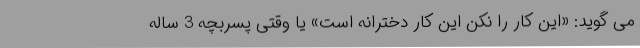
می گوید: «این کار را نکن این کار دخترانه است» یا وقتی پسربچه 3 ساله